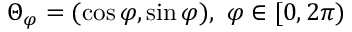
\Theta _ { \varphi } = ( \cos \varphi , \sin \varphi ) , ~ \varphi \in [ 0 , 2 \pi )